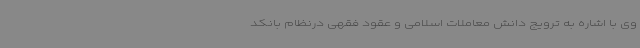
وی با اشاره به ترویج دانش معاملات اسلامی و عقود فقهی درنظام بانکد